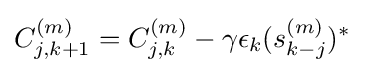
C_{j,k+1}^{(m)}=C_{j,k}^{(m)}-\gamma \epsilon _{k}(s_{k-j}^{(m)})^{*}